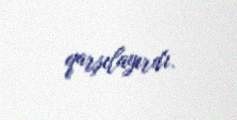
qarşılayırdı.